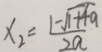
x _ { 2 } = \frac { 1 - \sqrt { 1 + 4 a } } { 2 a }